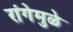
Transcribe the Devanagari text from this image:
रांगेमुळे